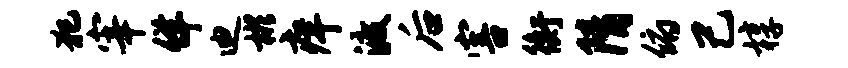
犯宰佯迪彬痒渡后害衡隋俯己椁